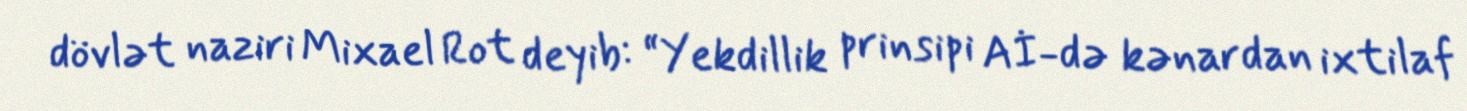
dövlət naziri Mixael Rot deyib: “Yekdillik prinsipi Aİ-də kənardan ixtilaf